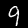
Digit: 9